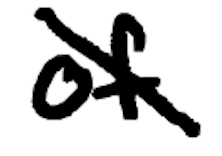
Text: of
Cross-out: diagonal
Writing tool: digital_black